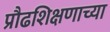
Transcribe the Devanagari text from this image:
प्रौढशिक्षणाच्या